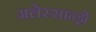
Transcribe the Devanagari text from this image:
अलेस्सान्ड्रो